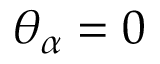
\theta _ { \alpha } = 0